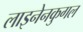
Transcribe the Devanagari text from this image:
लाइनेनकुगल